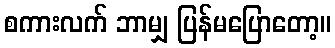
စကားလက် ဘာမျှ ပြန်မပြောတော့။